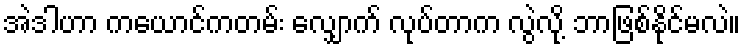
အဲဒါဟာ ကယောင်ကတမ်း လျှောက် လုပ်တာက လွဲလို့ ဘာဖြစ်နိုင်မလဲ။